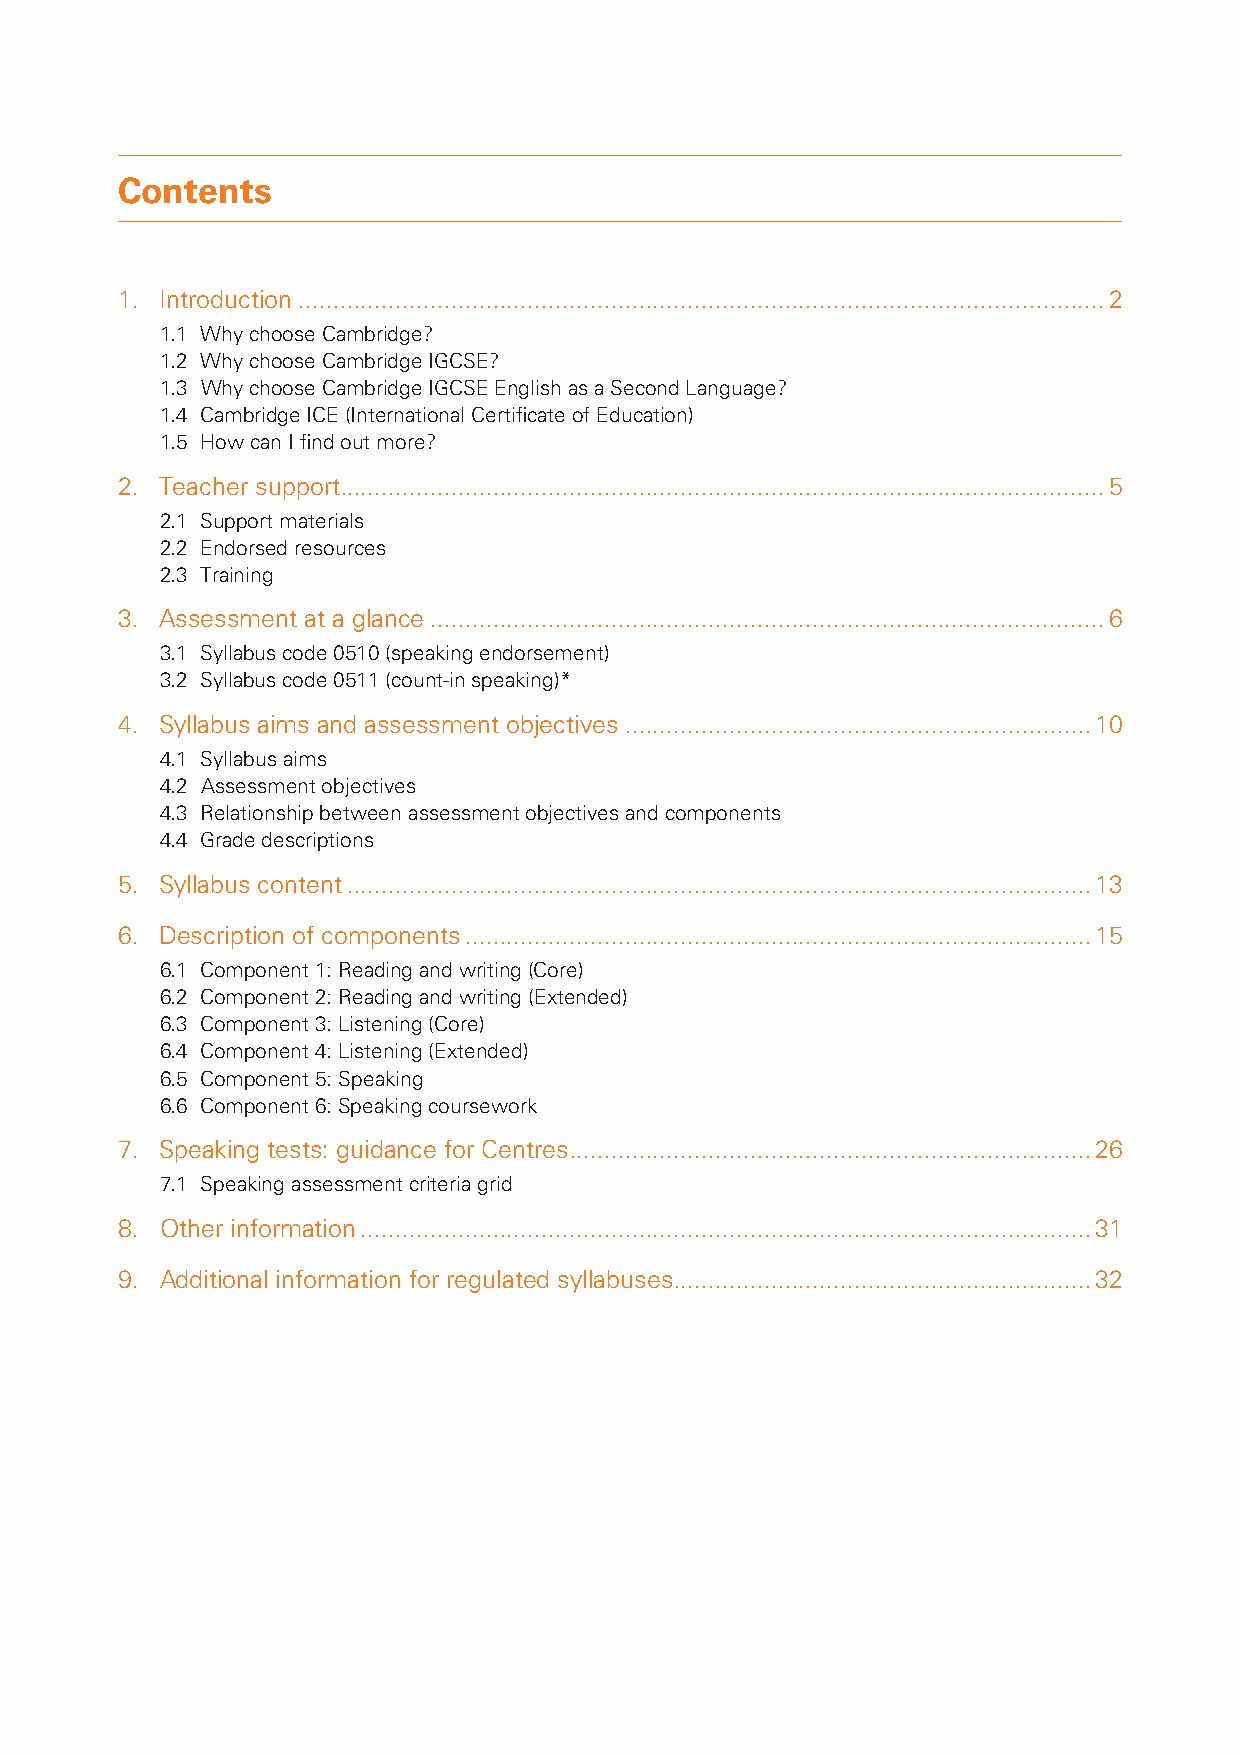
Contents
 1. Introduction ....................................................................................................................2
 1.1 Why choose Cambridge?
 1.2 Why choose Cambridge IGCSE?
 1.3 W hy choose Cambridge IGCSE English as a Second Language?
 1.4 Cambridge ICE (International Certifi cate of Education)
 1.5 How can I fi nd out more?
 2. Teacher support ..............................................................................................................5
 2.1 Support materials
 2.2 Endorsed resources
 2.3 Training
 3. Assessment at a glance .................................................................................................6
 3.1 Syllabus code 0510 (speaking endorsement)
 3.2 Syllabus code 0511 (count-in speaking)*
 4. Syllabus aims and assessment objectives ...................................................................10
 4.1 Syllabus aims
 4.2 Assessment objectives
 4.3 Relationship between assessment objectives and components
 4.4 Grade descriptions
 5. Syllabus content ...........................................................................................................13
 6. Description of components ..........................................................................................15
 6.1 Component 1: Reading and writing (Core)
 6.2 Component 2: Reading and writing (Extended)
 6.3 Component 3: Listening (Core)
 6.4 Component 4: Listening (Extended)
 6.5 Component 5: Speaking
 6.6 Component 6: Speaking coursework
 7. Speaking tests: guidance for Centres ...........................................................................26
 7.1 Speaking assessment criteria grid
 8. Other information .........................................................................................................31
 9. Additional information for regulated syllabuses ............................................................32